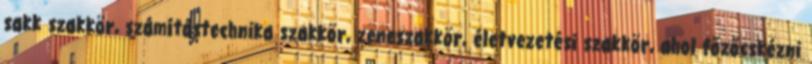
sakk szakkör, számítástechnika szakkör, zeneszakkör, életvezetési szakkör, ahol főzőcskézni